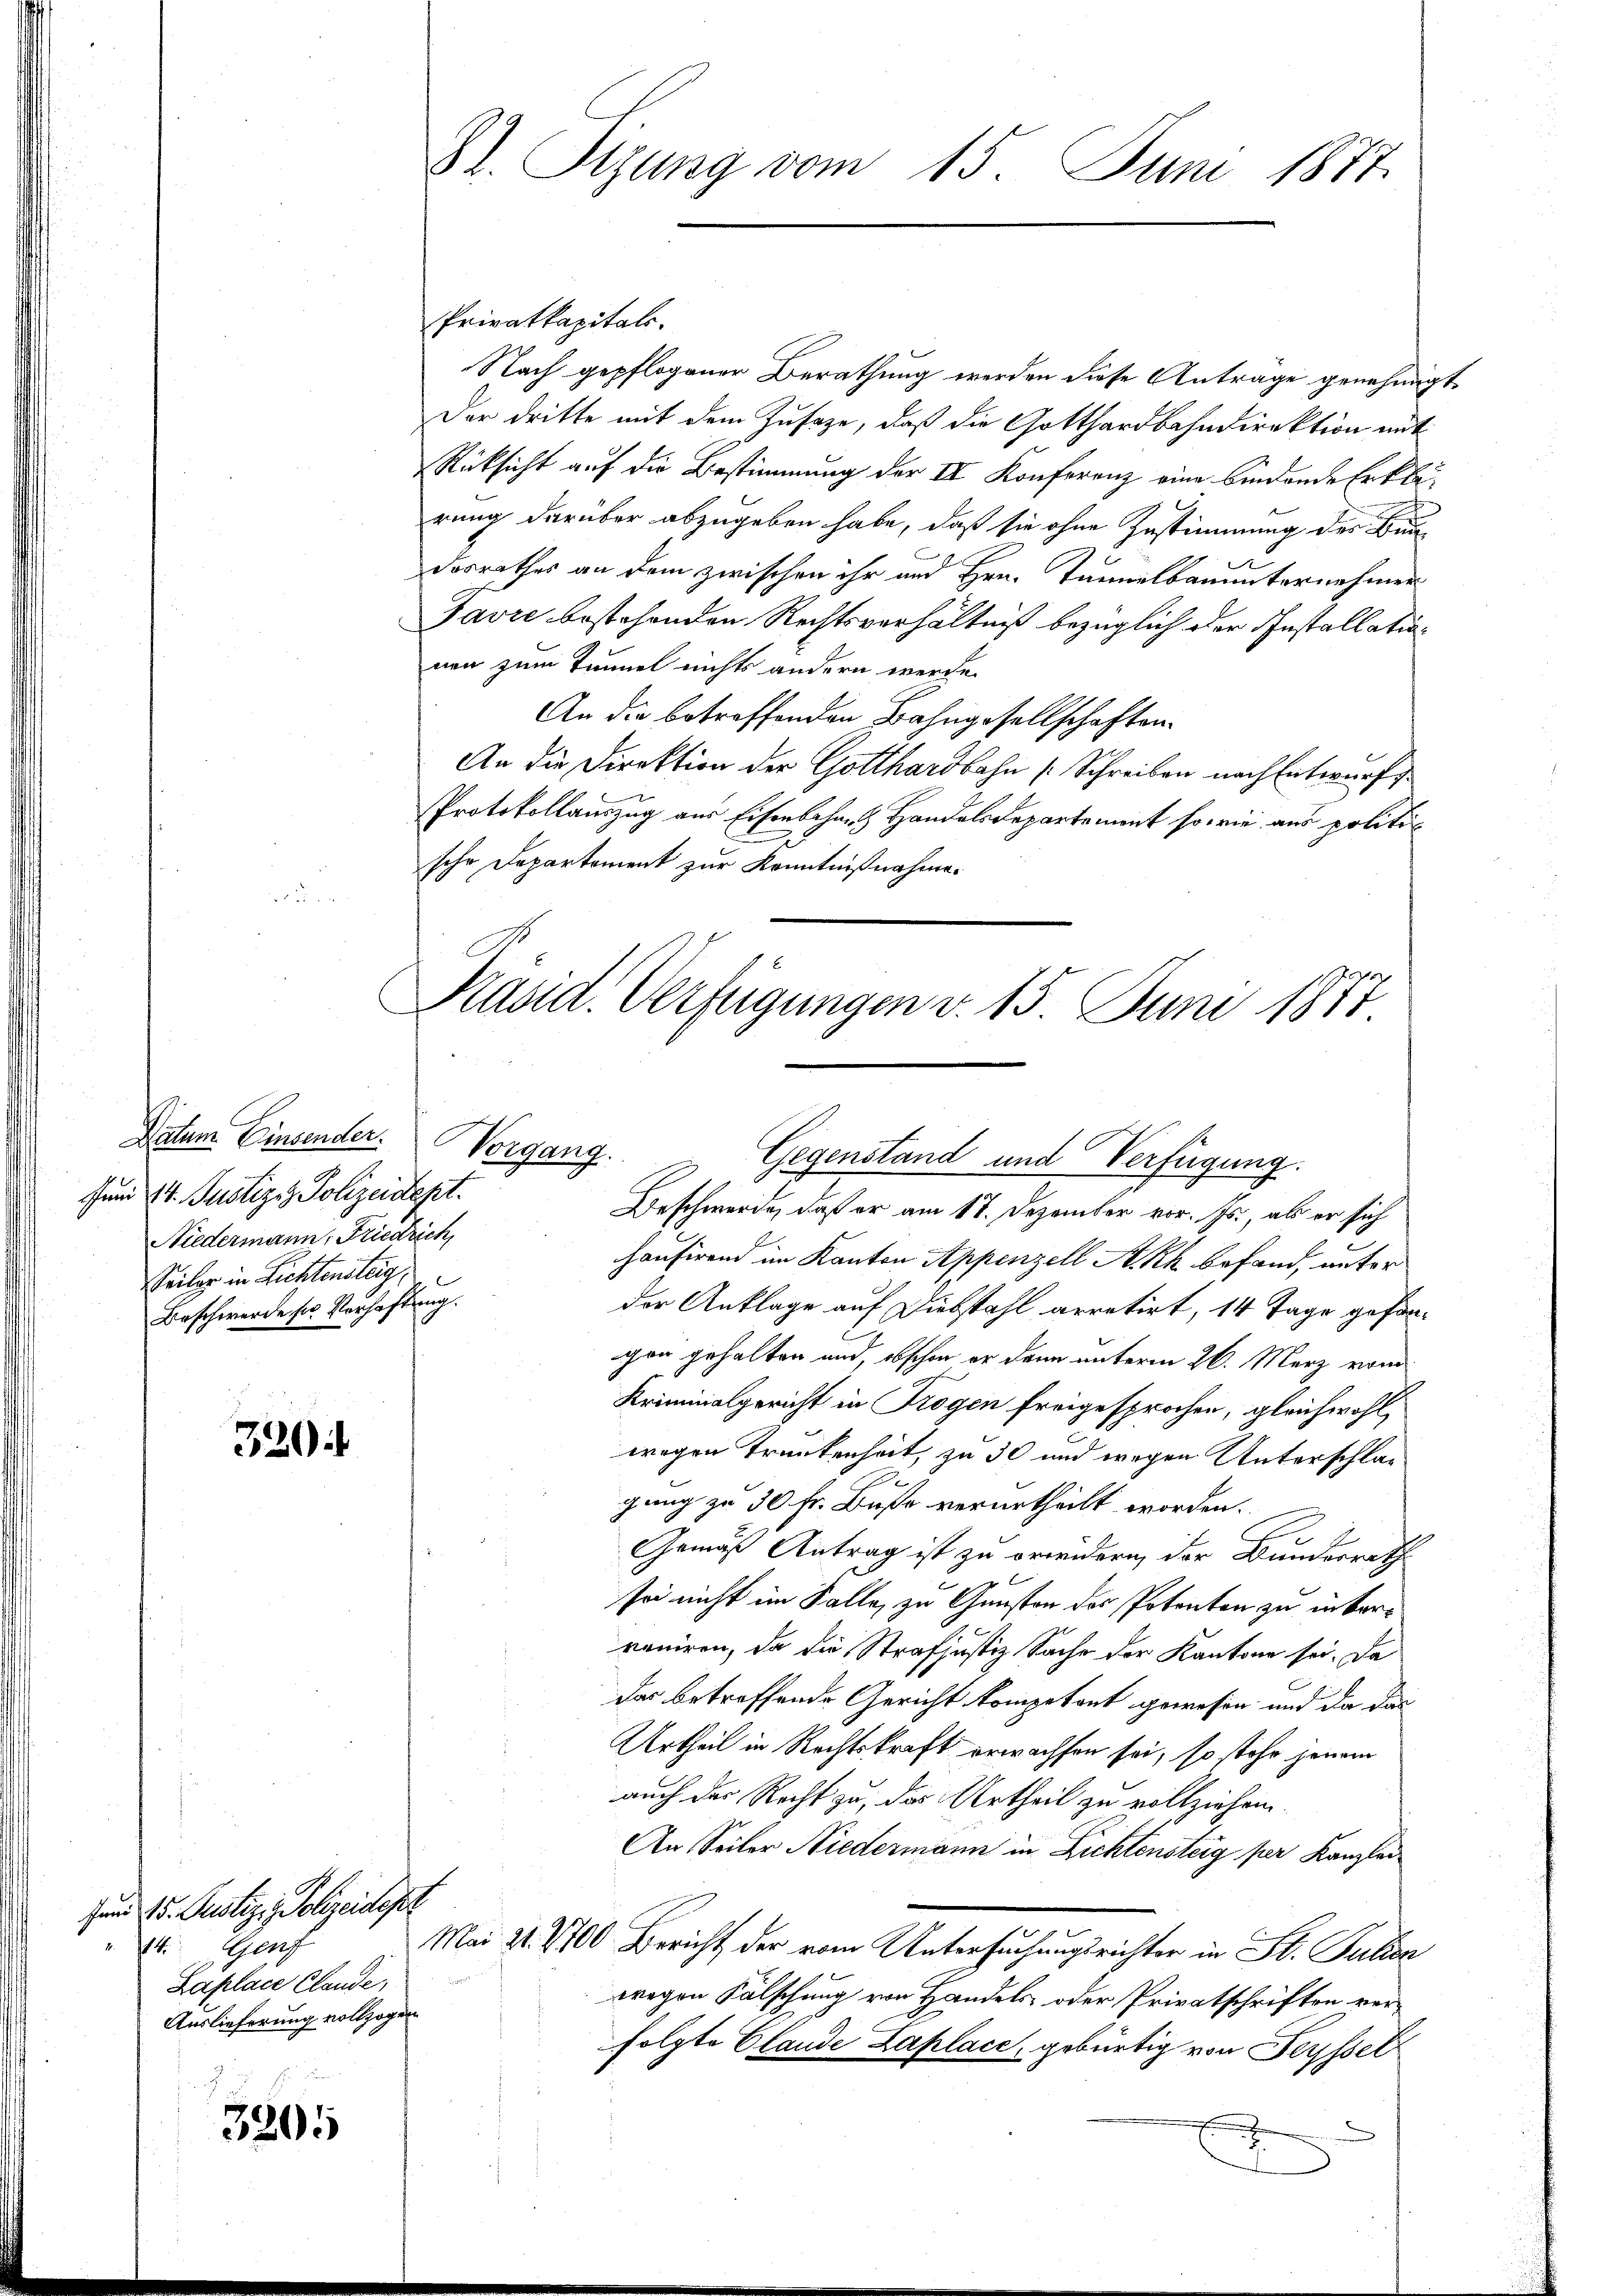
Datum Einsender. Vorgang.
Juni 14. Justiz & Polizeidept.
Niedermann, Friedrich,
Weiler in Lichtensteig
Beschwerde ser Verhaftung.

320.

3205

Bl. Stzung vom 15. Juni 1877.

Privatkapitals.
Nach gepflogener Berathung werden diese Antrage genehmigt,
Der dritte mit dem Zusaze, daß die Gotthardbahndirektion mit
Rücksicht auf die Bestimmung der IV. Konferenz eine bindende Erkleirung darüber abzugeben habe, daß sie ohne Zustimmung der Be
dosrathes an dem zwischen ihr und Hrn. Tunnelbauunternehmen
Favre bestehenden Rechtsverhältniß bezüglich der Installation
nen zum Tunnel nichts andern werde.
An die betreffenden Bahngesellschaften
An die Direktion der Gotthardbahn [Schreiben nach Entwurf
Protokollauszug aus Eisenbahn & Handels Departement so wie aus politic
sche Departement zur Kenntnißnahme.

Pand. Verfügungen v. 15. Juni 1877
Gegenstand und Verfügung.
Beschwerde, daß er am 17. Dezember vor. Js., als er sich

hausirend im Kanton Appenzell Akk befand, unter
der Anklage auf Diebstahl arretirt, 14 Tage gefangon gehalten und, obschon er dann unterm 26. März vom
Kriminalgericht in Trogen freigesprochen, gleichwohl
wegen Trunkenheit, zu 30 und wegen Unterschlad
gang zu 30 Fr. Buße verurtheilt worden.
Gemäß Antrag ist zu erwendern, der Bundesrath
sei nicht im Falle, zu Gunsten des Potenten zu inkorreniren, da die Strafjustiz Sache der Kantone sei. Da
das betreffende Gericht kompetent gewesen und da das
Urtheil in Rechtskraft erwachsen sei, so stehe jenem
auch das Recht zu, das Urtheil zu vollziehen.
An Seiter Niedermann in Lichtensteig per Kanzlei
Mai 21. 1700 Bericht der vom Untersuchungsrichter in St. Julica
wegen Fälschung von Handels- oder Privatschriften ver-
folgte Claude Laplace, gebürtig von Feysset

un 25. Justizi Polizeidep
 14. Genf
Laplace Claude,
Auslieferung vollzogen